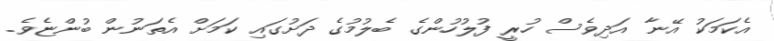
އެކަމަކު އޭނާ އަދިވެސް ހުރީ ފުލުހުންގެ ބެލުމުގެ ދަށުގައި ކަމަށް އެތަނުން ބުންޏެވެ.